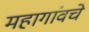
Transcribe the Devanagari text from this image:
महागांवचे